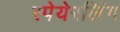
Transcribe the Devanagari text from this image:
स्पेयेरलिंग